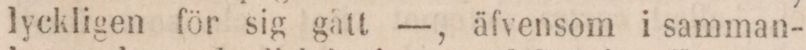
lyckligen för sig gått —, äfvensom i samman-